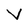
Character: V